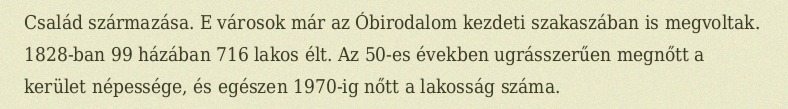
Család származása. E városok már az Óbirodalom kezdeti szakaszában is megvoltak. 1828-ban 99 házában 716 lakos élt. Az 50-es években ugrásszerűen megnőtt a kerület népessége, és egészen 1970-ig nőtt a lakosság száma.